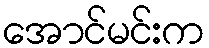
အောင်မင်းက